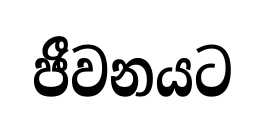
ජීවනයට